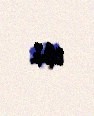
olub.